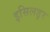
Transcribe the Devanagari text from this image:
इसिलडुर